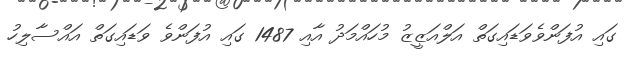
ގައި އުފަންވެވަޑައިގަތް އަލްއަޒީޒު މުހައްމަދު އާއި 1487 ގައި އުފަންވެ ވަޑައިގަތް އައްސާލިހު